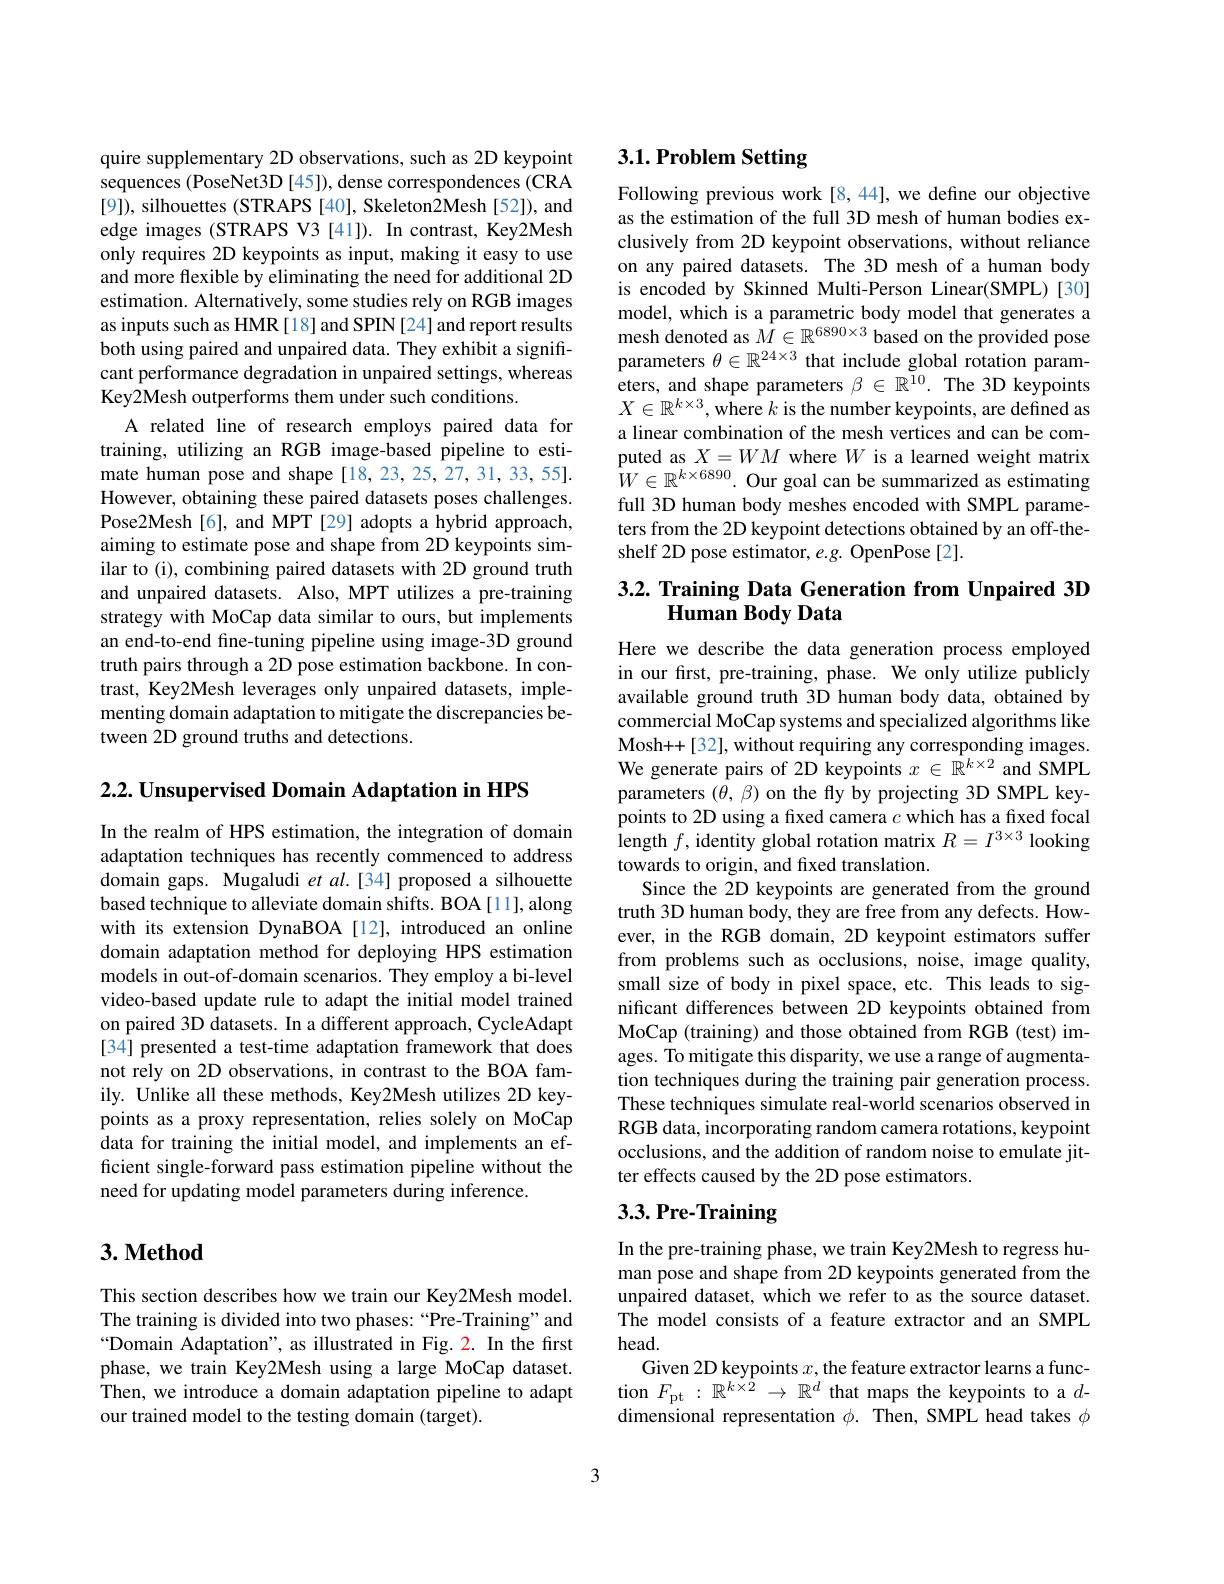
quire supplementary 2D observations, such as 2D keypoint sequences (PoseNet3D [45]), dense correspondences (CRA [9]), silhouettes (STRAPS [40], Skeleton2Mesh [52]), and edge images (STRAPS V3 [41]). In contrast, Key2Mesh only requires 2D keypoints as input, making it easy to use and more flexible by eliminating the need for additional 2D estimation. Alternatively, some studies rely on RGB images as inputs such as HMR [18] and SPIN [24] and report results both using paired and unpaired data. They exhibit a significant performance degradation in unpaired settings, whereas Key2Mesh outperforms them under such conditions
A related line of research employs paired data for training, utilizing an RGB image-based pipeline to estimate human pose and shape [18,23,25,27,31,33,55]. However, obtaining these paired datasets poses challenges. Pose2Mesh[6], and MPT [29] adopts a hybrid approach, aiming to estimate pose and shape from 2D keypoints similar to (i), combining paired datasets with 2D ground truth and unpaired datasets. Also, MPT utilizes a pre-training strategy with MoCap data similar to ours, but implements an end-to-end fine-tuning pipeline using image-3D ground truth pairs through a 2D pose estimation backbone. In contrast, Key2Mesh leverages only unpaired datasets, implementing domain adaptation to mitigate the discrepancies between 2D ground truths and detections.

$2. 2. \textbf{Unsupervised Domain Adaptation in HPS}$

In the realm of HPS estimation, the integration of domain adaptation techniques has recently commenced to address domain gaps. Mugaludi et al.[34] proposed a silhouette based technique to alleviate domain shifts. BOA [11], along with its extension DynaBOA[12], introduced an online domain adaptation method for deploying HPS estimation models in out-of-domain scenarios. They employ a bi-level video-based update rule to adapt the initial model trained on paired 3D datasets. In a different approach, CycleAdapt [34] presented a test-time adaptation framework that does not rely on 2D observations, in contrast to the BOA family. Unlike all these methods, Key2Mesh utilizes 2D keypoints as a proxy representation, relies solely on MoCap data for training the initial model, and implements an efficient single-forward pass estimation pipeline without the need for updating model parameters during inference.

## $3. \textbf{Method}$

This section describes how we train our Key2Mesh model. The training is divided into two phases: “Pre-Training”and “Domain Adaptation", as illustrated in Fig. 2. In the first phase, we train Key2Mesh using a large MoCap dataset. Then, we introduce a domain adaptation pipeline to adapt our trained model to the testing domain (target).

# 3.1. Problem Setting

Following previous work [8,44], we define our objective as the estimation of the full 3D mesh of human bodies exclusively from 2D keypoint observations, without reliance on any paired datasets. The 3D mesh of a human body is encoded by Skinned Multi-Person Linear(SMPL)[30] model, which is a parametric body model that generates a mesh denoted as $M\in\mathbb{R}^{6890\times3}$ based on the provided pose parameters $\theta\in\mathbb{R}^{24\times3}$ that include global rotation parameters, and shape parameters $\beta\in\mathbb{R}^{10}.$ The 3D keypoints $X\in\mathbb{R}^{k\times3}$, where $k$ is the number keypoints, are defined as a linear combination of the mesh vertices and can be computed as $X=WM$ where $W$ is a learned weight matrix $W\in\mathbb{R}^{k\times6890}.$ Our goal can be summarized as estimating full 3D human body meshes encoded with SMPL parameters from the 2D keypoint detections obtained by an off-theshelf 2D pose estimator, e.g. OpenPose[2].

# 3.2. Training Data Generation from Unpaired 3D Human Body Data

Here we describe the data generation process employed in our first, pre-training, phase. We only utilize publicly available ground truth 3D human body data, obtained by commercial MoCap systems and specialized algorithms like Mosh++[32], without requiring any corresponding images. We generate pairs of 2D keypoints $x\in\mathbb{R}^{k\times2}$ and SMPL parameters $(\theta,\beta)$ on the fly by projecting 3D SMPL keypoints to 2D using a fixed camera $c$ which has a fixed focal length $f$, identity global rotation matrix $R=I^{3\times3}$ looking towards to origin, and fixed translation.
Since the 2D keypoints are generated from the ground truth 3D human body, they are free from any defects. However, in the RGB domain, 2D keypoint estimators suffer from problems such as occlusions, noise, image quality, small size of body in pixel space, etc. This leads to significant differences between 2D keypoints obtained from MoCap (training) and those obtained from RGB (test) images. To mitigate this disparity, we use a range of augmentation techniques during the training pair generation process. These techniques simulate real-world scenarios observed in RGB data, incorporating random camera rotations, keypoint occlusions, and the addition of random noise to emulate jitter effects caused by the 2D pose estimators.
3.3. Pre- Training

In the pre-training phase, we train Key2Mesh to regress human pose and shape from 2D keypoints generated from the unpaired dataset, which we refer to as the source dataset. The model consists of a feature extractor and an SMPL head.
Given 2D keypoints $x$, the feature extractor learns a function $F_\mathrm{pt}:\mathbb{R}^{k\times2}\to\mathbb{R}^d$ that maps the keypoints to a $d$- dimensional representation $\phi.$ Then, SMPL head takes $\phi$

3